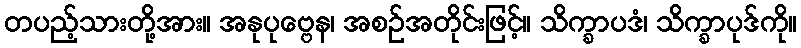
တပည့်သားတို့အား။ အနုပုဗ္ဗေန၊ အစဉ်အတိုင်းဖြင့်။ သိက္ခာပဒံ၊ သိက္ခာပုဒ်ကို။